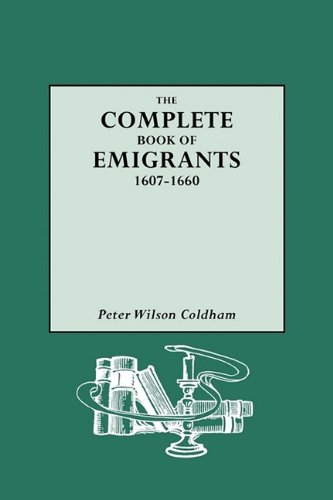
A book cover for The Complete Book of Emigrants, 1607-1660; Peter Wilson Coldham; History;